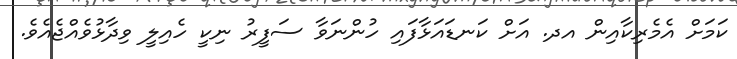
ކަމަށް އެމެރިކާއިން އދ. އަށް ކަނޑައަޅާފައި ހުންނަވާ ސަފީރު ނިކީ ހެއިލީ ވިދާޅުވެއްޖެއެވެ.